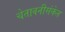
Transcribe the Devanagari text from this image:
चेतावनीसंकेत